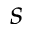
s